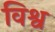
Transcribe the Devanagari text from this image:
विश्व